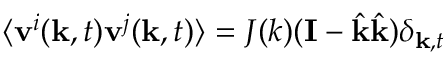
\langle \mathbf { v } ^ { i } ( \mathbf { k } , t ) \mathbf { v } ^ { j } ( \mathbf { k } , t ) \rangle = J ( k ) ( \mathbf { I } - \hat { \mathbf { k } } \hat { \mathbf { k } } ) \delta _ { \mathbf { k } , t }